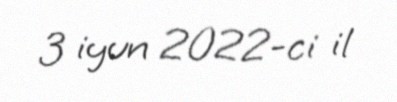
3 iyun 2022-ci il